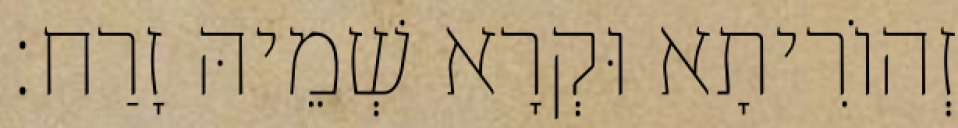
זְהוֹרִיתָא וּקְרָא שְׁמֵיהּ זָרַח׃